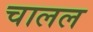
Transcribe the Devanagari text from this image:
चालल